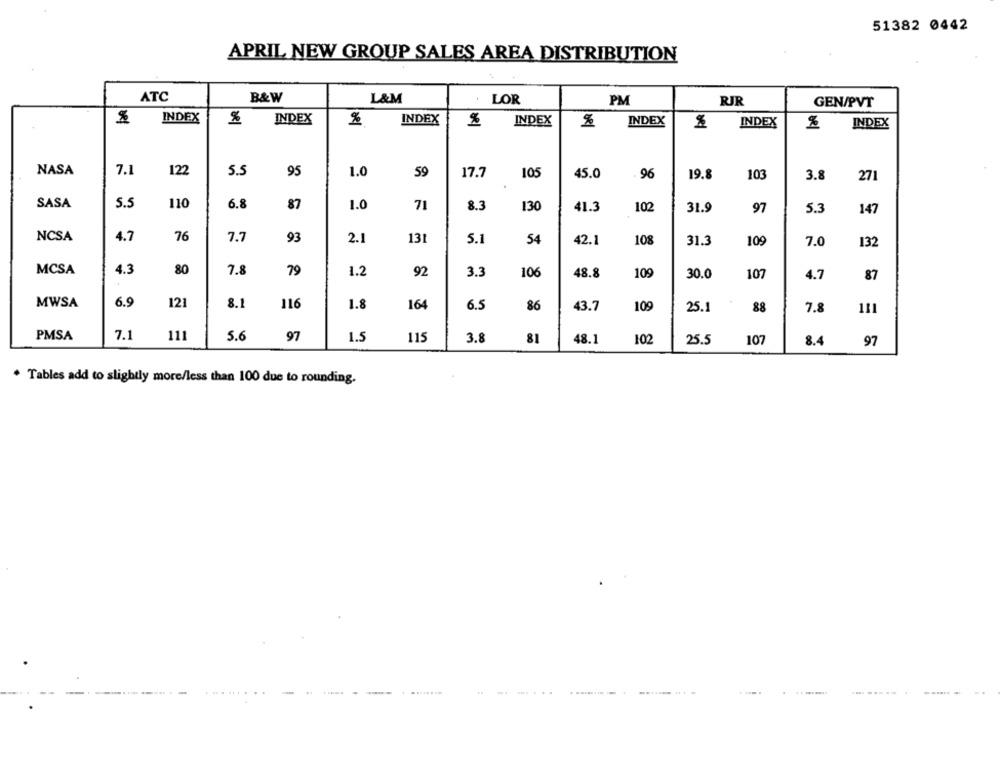
51382 0442
APRIL NEW GROUP SALES AREA DISTRIBUTION
ATC
B&W
L&M
LOR
PM
RJR
GEN/PVT
INDEX
%
INDEX
INDEX
INDEX
%
INDEX
INDEX
% INDEX
NASA
7.1
122
5.5
95
1.0
59
17.7
105
45.0
96
19.8
103
3.8
27
SASA
5.5
110
6.8
87
1.0
71
8.3
130
41.3
102
31.9
97
5.3
147
NCSA
4.7
76
7.7
93
2.1
131
5.1
54
42.1
108
31.3
109
7.0
132
MCSA
4.3
80
7.8
79
1.2
92
3.3
106
48.8
109
30.0
107
4.7
87
MWSA
6.9
121
8.1
164
6.5
116
1.8
86
43.7
109
25.
88
7.8
111
7.1
PMSA
11
5.6
97
1.5
115
3.8
81
48.1
102
25.5
107
8.4
97
. Tables add to slightly more/less than 100 due to rounding.
.......